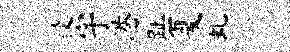
役宇港趾夏虬